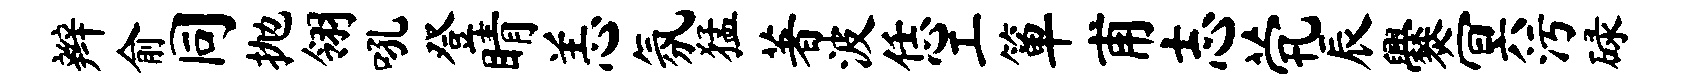
辫俞同抛翎吼登睛恙氛猛著波恁工箪甫志茕辰爨冥污碌